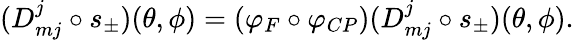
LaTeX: (D_{mj}^{j}\circ s_{\pm})(\theta,\phi)=(\varphi_{F}\circ\varphi_{CP})(D_{mj}^{j}\circ s_{\pm})(\theta,\phi).